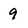
Character: 9